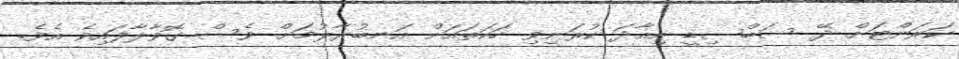
ކަރަންޓަށް ދޭ ސަބްސިޑީ އިއާދަ ކުރަނިވި ހަކަތައަށް އަނބުރާލުމަށް ވެސް ގޮވާލާފައިވެ އެވެ.